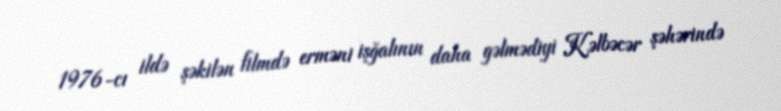
1976-cı ildə şəkilən filmdə erməni işğalının daha gəlmədiyi Kəlbəcər şəhərində